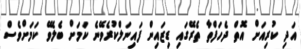
އަދި ކުރިއަށް އޮތް ދެހަފްތާ ތެރޭގައި ޑިޒައިން ފައިނަލްކުރެވޭނެ ކަމަށް ބެލެވޭ ކަމަށްވެސް